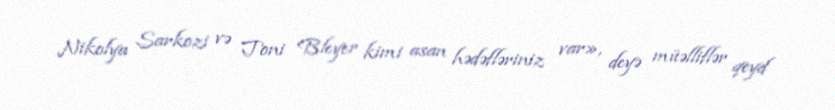
Nikolya Sarkozi və Toni Bleyer kimi asan hədəfləriniz var», deyə müəlliflər qeyd